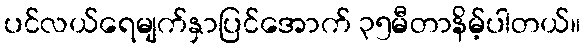
ပင်လယ်ရေမျက်နှာပြင်အောက် ၃၅မီတာနိမ့်ပါတယ်။